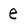
Character: e